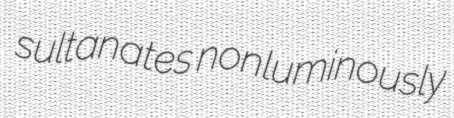
sultanates nonluminously